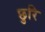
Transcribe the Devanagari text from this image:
छुरि